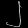
Digit: ၂